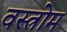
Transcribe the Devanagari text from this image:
वस्त्रोम